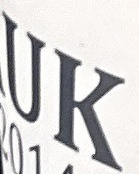
UK